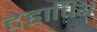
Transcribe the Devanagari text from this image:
देहाचिये